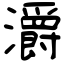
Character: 灂